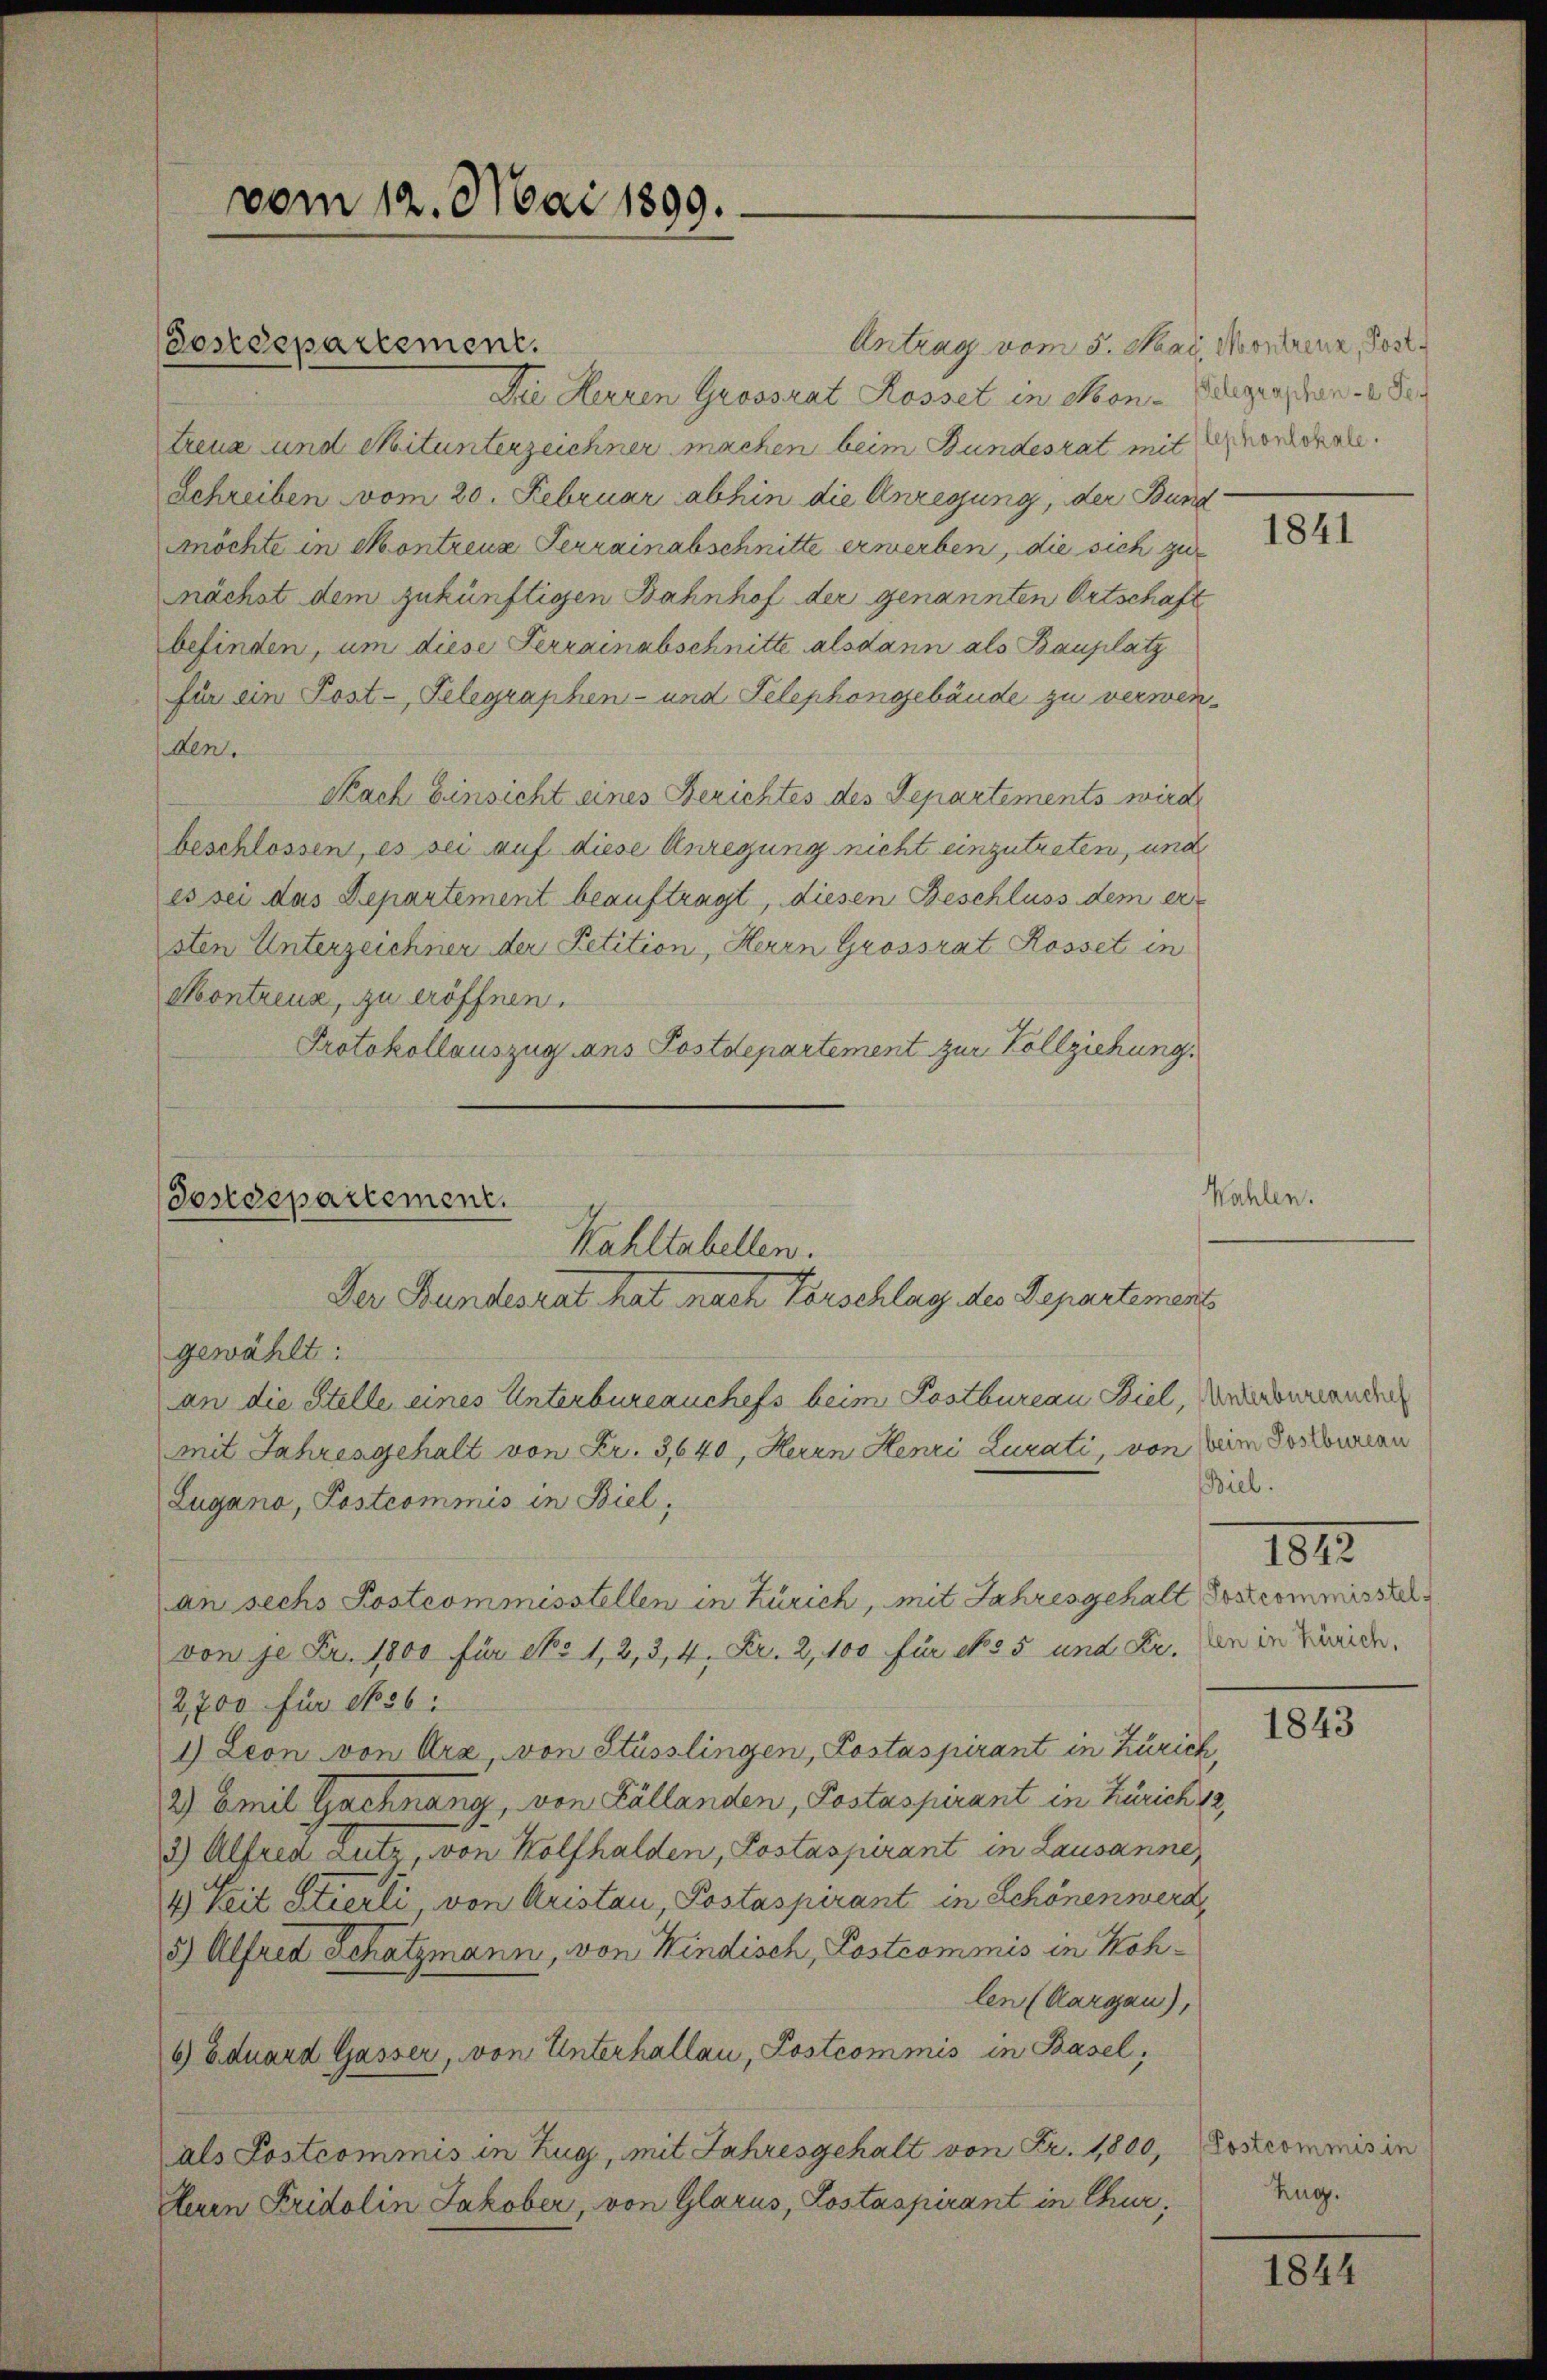
Antrag vom 5. Mai Montrenz, Post.
Die Herren Grossrat Rossel in Mon- Gelegraphen. 2. Se
treue und Mitunterzeichner machen beim Bundesrat mit Gnorchale.
Schreiben vom 20. Februar abhin die Anregung, der Bund
möchte in Montreux Ferrainabschnitte erwerben, die sich zu
nächst dem zukünftigen Bahnhof der genannten Ortschaft
befinden, um diese Ferrainabschnitte alsdann als Bauplatz
für ein Post-Telegraphen- und Telephongebäude zu verwenden.
Nach Einsicht eines Berichtes des Departements wird
beschlossen, es sei auf diese Anregung nicht einzutreten, und
es sei das Departement beauftragt, diesen Beschluss dem er
sten Unterzeichnen der Petition, Herrn Grossrat Rosset in
Akontreuz, zu eröffnen.
Protokollauszug aus Postdepartement zur Vollziehung.

vom 12. Mai 1899.

Sostdepartement.

Postdepartement.
Kahltabellen.
Der Bundesrat hat nach Vorschlag des Departement

gewählt:
an die Stelle eines Unterbureauchefs beim Postbureau Biel, wiedermanden
mit Jahresgehalt von Fr. 3,640, Herrn Henri Lurati, von beim Sontouran
Lugano, Postcommis in Biel,
an sechs Postcommisstellen in Zürich, mit Jahresgehalt Postcommisstel
von je Fr. 1800 für No 1, 2, 3, 4, Fr. 2, 100 für No. 55 und Fr. in in Beide,
2,700 für No. 56:
1) Leon von Arx, von Stüsslingen, Lostaspirant in Zürich,
2) Emil Gachnang, von Kállanden, Postaspirant in Zürich 12,
2) Alfred Lutz, von Wolfhalden, Postaspirant in Lausanne
4) Seit Stierli von Aristan, Postaspirant in Schönen werd
5) Alfred Schatzmann, von Windisch, Postcommis in Kohlen (Aargau),
6) Eduard Gasser, von Unterhallau, Postcommis in Basel,
als Postcommis in Zug, mit Jahresgehalt von Fr. 1800, Lostcommis in
Herrn Fridolin Jakober, von Glarus, Lostaspirant in Chur,

Wahler

1841

Biel.

1812.

1843

Zug.

1844